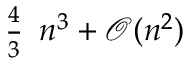
{ \begin{array} { l } { { \frac { 4 } { 3 } } } \end{array} } n ^ { 3 } + { \mathcal { O } } ( n ^ { 2 } )